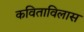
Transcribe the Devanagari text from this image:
कविताविलास